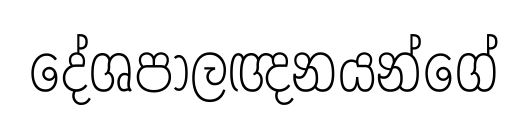
දේශපාලඥනයන්ගේ